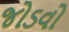
જોડવો